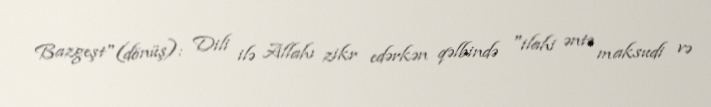
Bazgeşt"(dönüş): Dili ilə Allahı zikr edərkən qəlbində "ilahi əntə maksudi və